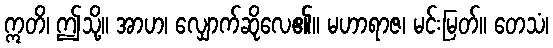
ဣတိ၊ ဤသို့။ အာဟ၊ လျှောက်ဆိုလေ၏။ မဟာရာဇ၊ မင်းမြတ်။ တေသံ၊